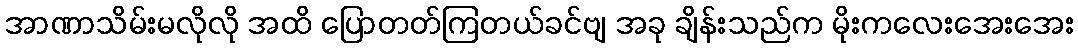
အာဏာသိမ်းမလိုလို အထိ ပြောတတ်ကြတယ်ခင်ဗျ အခု ချိန်းသည်က မိုးကလေးအေးအေး